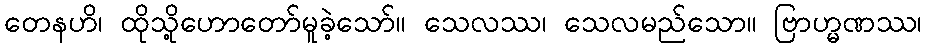
တေနဟိ၊ ထိုသို့ဟောတော်မူခဲ့သော်။ သေလဿ၊ သေလမည်သော။ ဗြာဟ္မဏဿ၊